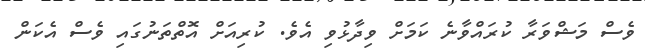
ވެސް މަޝްވަރާ ކުރައްވާނެ ކަމަށް ވިދާޅުވި އެވެ. ކުރިއަށް އޮތްތަނުގައި ވެސް އެކަން